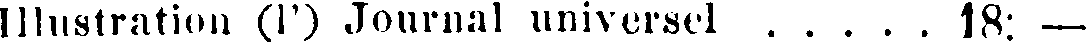
Illustration (1') Journal universel . . . . . 18: —